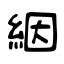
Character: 絪